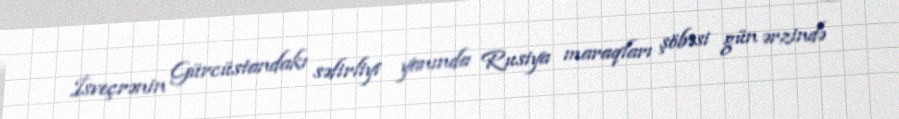
İsveçrənin Gürcüstandakı səfirliyi yanında Rusiya maraqları şöbəsi gün ərzində